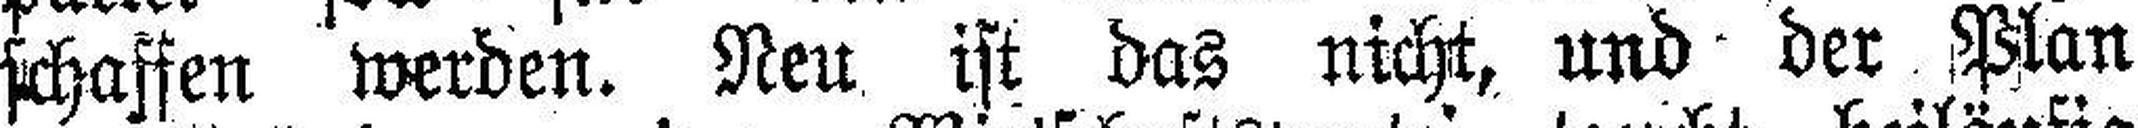
schaffen werden. Neu ist das nicht, und der Plan